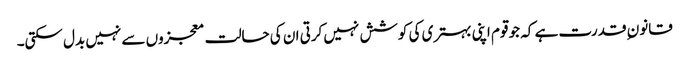
قانون ِ قدرت ہے کہ جو قوم اپنی بہتری کی کوشش نہیں کرتی ان کی حالت معجزوں سے نہیں بدل سکتی۔